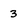
Character: 3